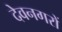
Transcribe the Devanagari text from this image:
देवनगरों